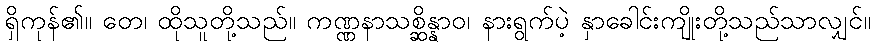
ရှိကုန်၏။ တေ၊ ထိုသူတို့သည်။ ကဏ္ဏနာသစ္ဆိန္နာဝ၊ နားရွက်ပဲ့ နှာခေါင်းကျိုးတို့သည်သာလျှင်။